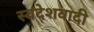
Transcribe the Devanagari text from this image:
स्वदेशवादी